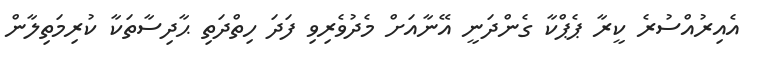
އެއިރުއްސުރެ ކީރާ ޕެޕްކާ ގެންދަނީ އޭނާއަށް މެދުވެރިވި ފަދަ ހިތްދަތި ޙާދިސާތަކާ ކުރިމަތިލާން